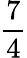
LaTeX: \frac{7}{4}